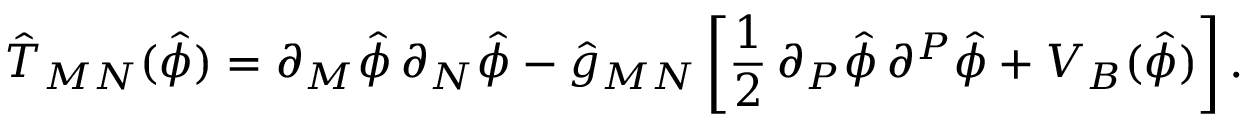
\hat { T } _ { M N } ( \hat { \phi } ) = \partial _ { M } \hat { \phi } \, \partial _ { N } \hat { \phi } - \hat { g } _ { M N } \, \biggl [ \frac { 1 } { 2 } \, \partial _ { P } \hat { \phi } \, \partial ^ { P } \hat { \phi } + V _ { B } ( \hat { \phi } ) \biggl ] \, .